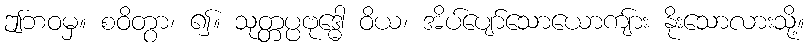
ဤဘဝမှ။ စဝိတွာ၊ ၍။ သုတ္တပ္ပဗုဒ္ဓေါ ဝိယ၊ အိပ်ပျော်သောယောကျ်ား နိုးသောလားသို့။